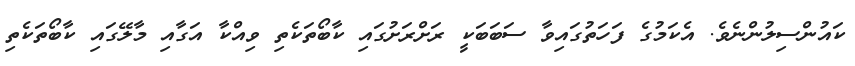
ކައުންސިލުންނެވެ. އެކަމުގެ ފަހަތުގައިވާ ސަބަބަކީ ރަށްރަށުގައި ކާބޯތަކެތި ވިއްކާ އަގާއި މާލޭގައި ކާބޯތަކެތި